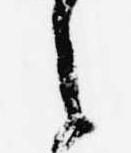
之